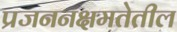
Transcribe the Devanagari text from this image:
प्रजननक्षमतेतील